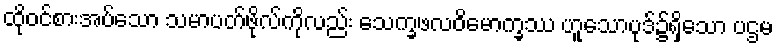
ထိုဝင်စားအပ်သော သမာပတ်ဖိုလ်ကိုလည်း သေက္ခဖလဝိမောက္ခဿ ဟူသောပုဒ်၌ရှိသော ပဌမ